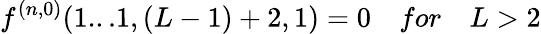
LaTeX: f^{(n,0)}(1...1,(L-1)+2,1)=0\quad for\quad L>2